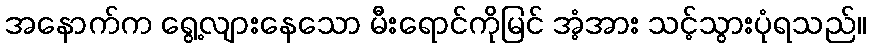
အနောက်က ရွေ့လျားနေသော မီးရောင်ကိုမြင် အံ့အား သင့်သွားပုံရသည်။